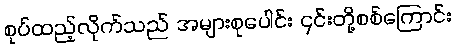
စုပ်ထည့်လိုက်သည် အများစုပေါင်း ၎င်းတို့စစ်ကြောင်း